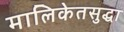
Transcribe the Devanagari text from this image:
मालिकेतसुद्धा